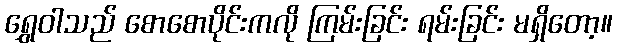
ရွှေဝါသည် စောစောပိုင်းကလို ကြမ်းခြင်း ရမ်းခြင်း မရှိတော့။